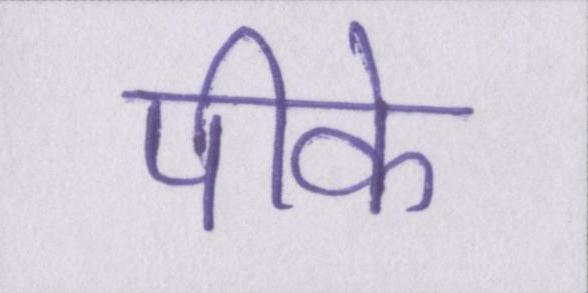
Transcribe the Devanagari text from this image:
पीके